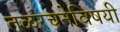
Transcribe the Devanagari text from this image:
तळरचनेविषयी